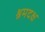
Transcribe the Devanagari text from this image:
श्रमदक्ष